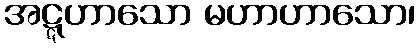
အဋ္ဋဟာသော မဟာဟာသော၊